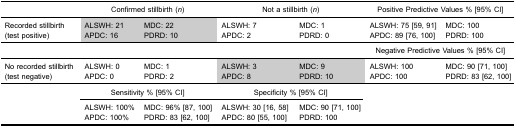
|  | <COLSPAN=2> Confirmed stillbirth (n) | <COLSPAN=2> Not a stillbirth (n) | <COLSPAN=2> Positive Predictive Values % [95% CI] |
 | --- | --- | --- | --- | --- | --- | --- |
 | <ROWSPAN=2> Recorded stillbirth (test positive) | ALSWH: 21 | MDC: 22 | ALSWH: 7 | MDC: 1 | ALSWH: 75 [59, 91] | MDC: 100 |
 | APDC: 16 | PDRD: 10 | APDC: 2 | PDRD: 0 | APDC: 89 [76, 100] | PDRD: 100 |
 |  |  |  |  |  | <COLSPAN=2> Negative Predictive Values % [95% CI] |
 | <ROWSPAN=2> No recorded stillbirth(test negative) | ALSWH: 0 | MDC: 1 | ALSWH: 3 | MDC: 9 | ALSWH: 100 | MDC: 90 [71, 100] |
 | APDC: 0 | PDRD: 2 | APDC: 8 | PDRD: 10 | APDC: 100 | PDRD: 83 [62, 100] |
 | <ROWSPAN=4>  | <COLSPAN=2> Sensitivity % [95% CI] | <COLSPAN=2> Specificity % [95% CI] | <ROWSPAN=3-COLSPAN=2>  |
 | ALSWH: 100% | MDC: 96% [87, 100] | ALSWH: 30 [16, 58] | MDC: 90 [71, 100] |
 | APDC: 100% | PDRD: 83 [62, 100] | APDC: 80 [55, 100] | PDRD: 100 |